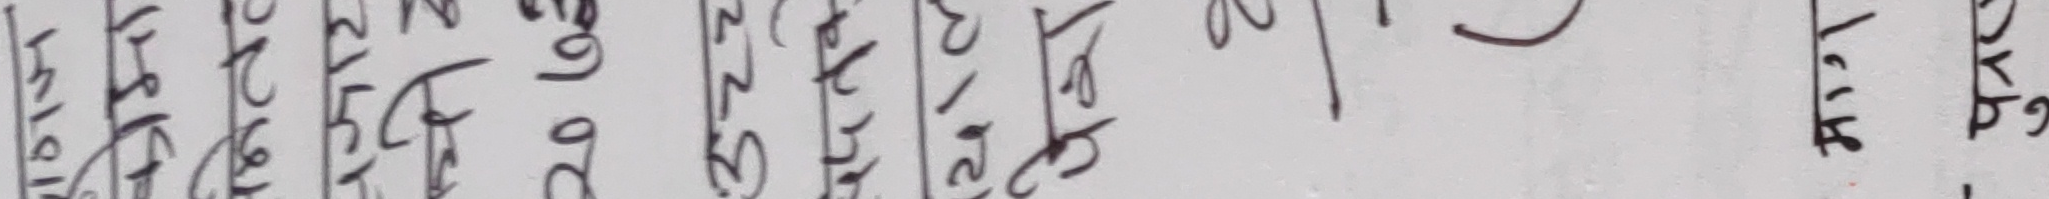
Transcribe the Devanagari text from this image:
१६।९२ रु ८१.१२ कै. पृ